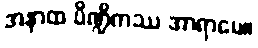
အနာထ ပိဏ္ဍိကဿ အာရာမေ။